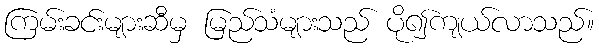
ကြမ်းခင်းများဆီမှ မြည်သံများသည် ပို၍ကျယ်လာသည်။